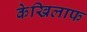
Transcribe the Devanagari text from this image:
केखिलाफ